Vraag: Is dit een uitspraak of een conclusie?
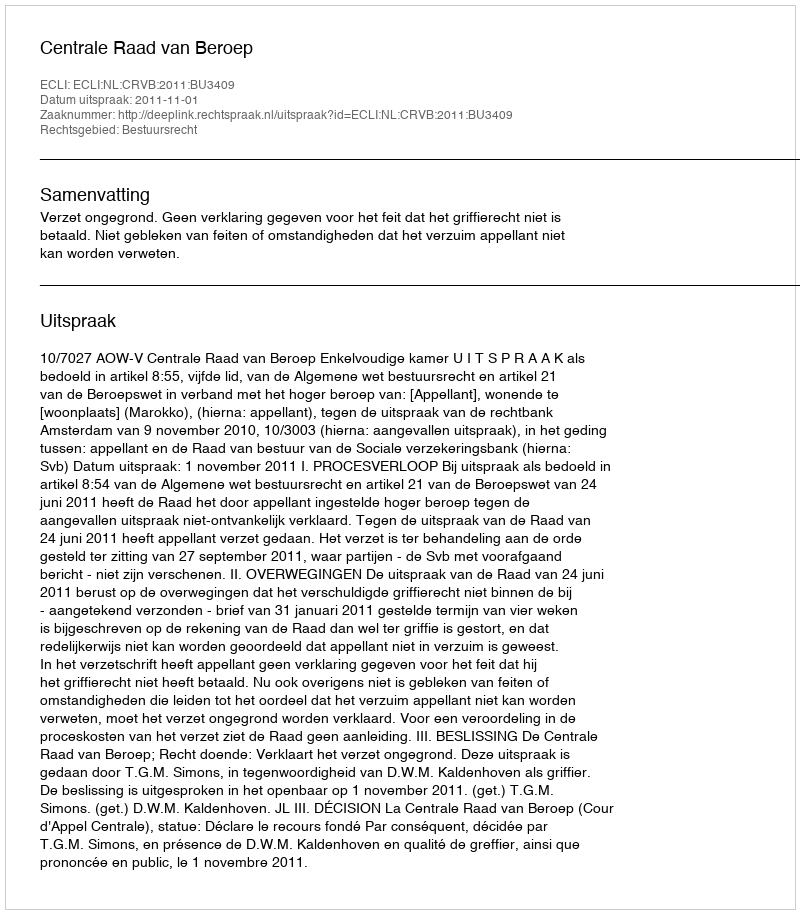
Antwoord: Uitspraak